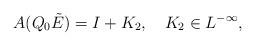
LaTeX: \begin{align*}A(Q_0\tilde{E})=I+K_2,\quad K_2\in L^{-\infty},\end{align*}